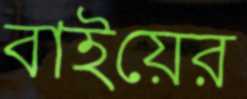
বাইয়ের